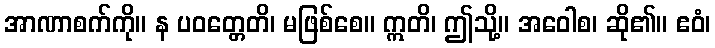
အာဏာစက်ကို။ န ပဝတ္တေတိ၊ မဖြစ်စေ။ ဣတိ၊ ဤသို့။ အဝေါစ၊ ဆို၏။ ဧဝံ၊